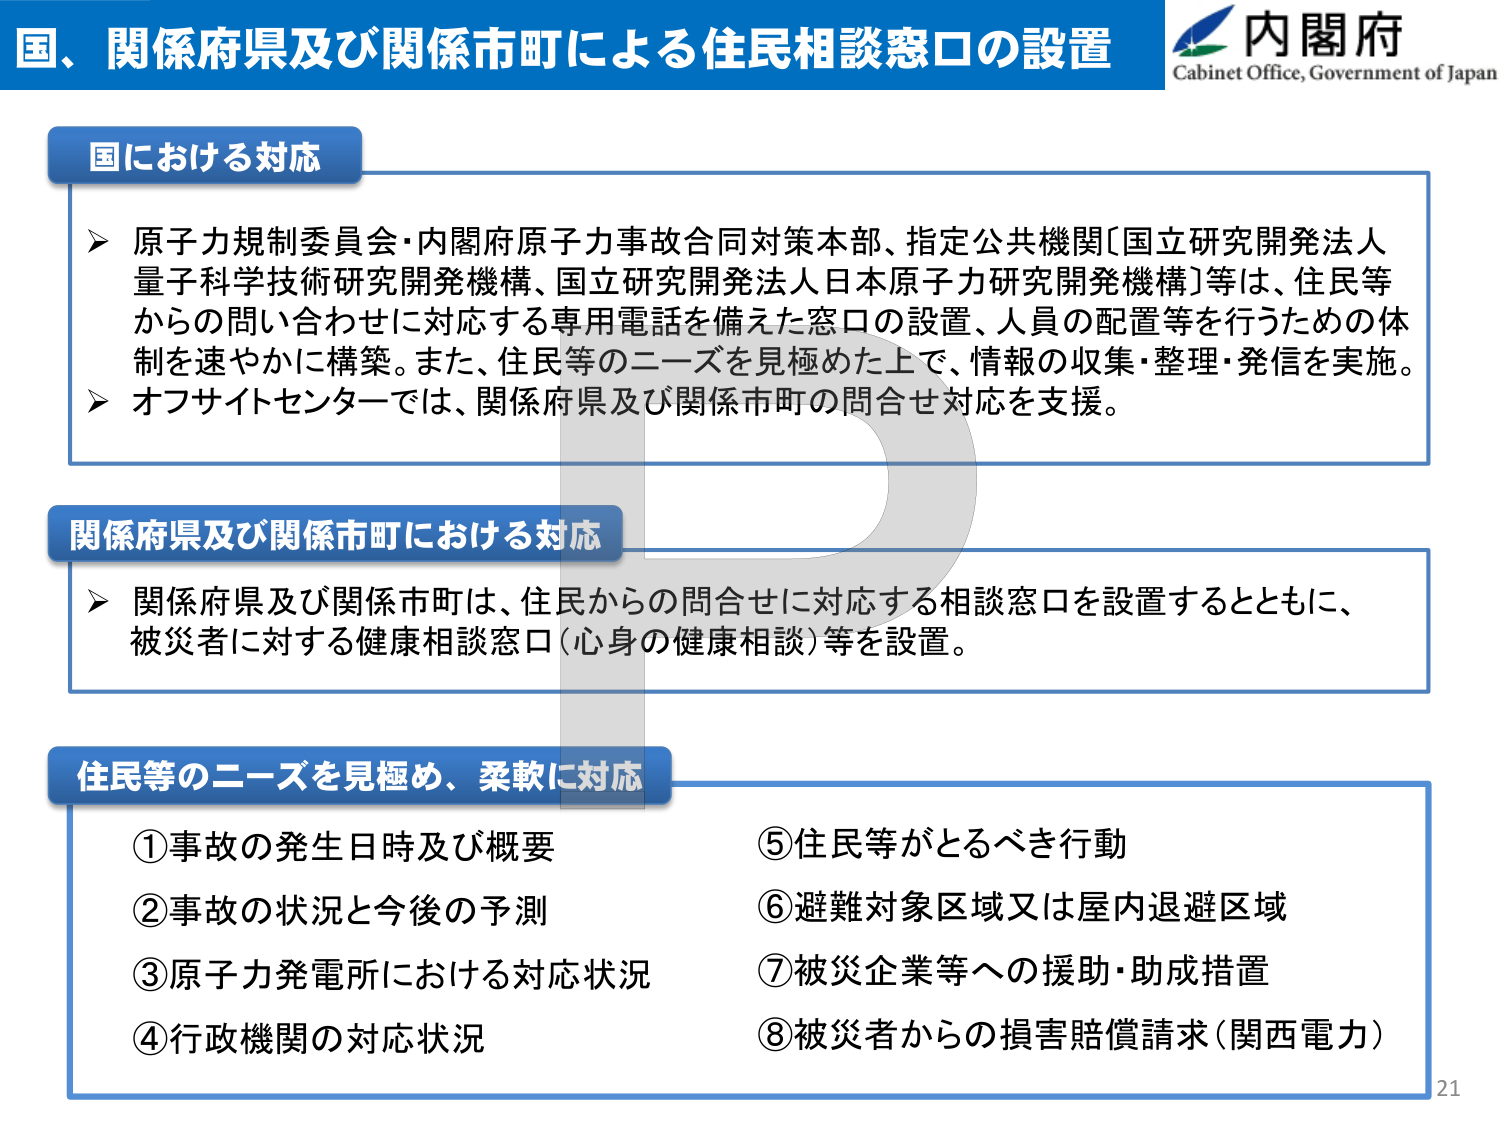
国、関係府県及び関係市町による住民相談窓口の設置
内閣府
Cabinet Office, Government of Japan

国における対応
➢ 原子力規制委員会・内閣府原子力事故合同対策本部、指定公共機関〔国立研究開発法人量子科学技術研究開発機構、国立研究開発法人日本原子力研究開発機構〕等は、住民等からの問い合わせに対応する専用電話を備えた窓口の設置、人員の配置等を行うための体制を速やかに構築。また、住民等のニーズを見極めた上で、情報の収集・整理・発信を実施。
➢ オフサイトセンターでは、関係府県及び関係市町の問合せ対応を支援。

関係府県及び関係市町における対応
➢ 関係府県及び関係市町は、住民からの問合せに対応する相談窓口を設置するとともに、被災者に対する健康相談窓口（心身の健康相談）等を設置。

住民等のニーズを見極め、柔軟に対応
①事故の発生日時及び概要
②事故の状況と今後の予測
③原子力発電所における対応状況
④行政機関の対応状況
⑤住民等がとるべき行動
⑥避難対象区域又は屋内退避区域
⑦被災企業等への援助・助成措置
⑧被災者からの損害賠償請求（関西電力）

21